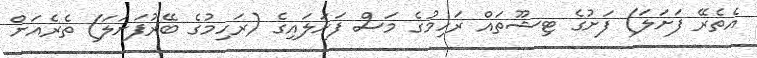
އެތެރޭ ފަށަލަ) ފަށުގެ ޓިޝޫތައް ރަހިމުގެ މަސް ފަށަލައިގެ (ރަހިމުގެ ބޭރުފަށަލަ) ތެރެއަށް